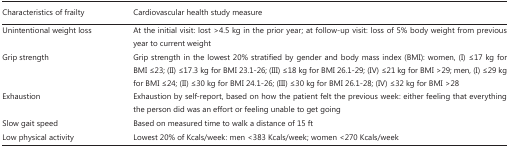
<table><thead><tr><td><b>Characteristics of frailty</b></td><td><b>Cardiovascular health study measure</b></td></tr></thead><tbody><tr><td>Unintentional weight loss</td><td>At the initial visit: lost &gt;4.5 kg in the prior year; at follow-up visit: loss of 5% body weight from previous year to current weight</td></tr><tr><td>Grip strength</td><td>Grip strength in the lowest 20% stratified by gender and body mass index (BMI): women, (I) ≤17 kg for BMI ≤23; (II) ≤17.3 kg for BMI 23.1-26; (III) ≤18 kg for BMI 26.1-29; (IV) ≤21 kg for BMI &gt;29; men, (I) ≤29 kg for BMI ≤24; (II) ≤30 kg for BMI 24.1-26; (III) ≤30 kg for BMI 26.1-28; (IV) ≤32 kg for BMI &gt;28</td></tr><tr><td>Exhaustion</td><td>Exhaustion by self-report, based on how the patient felt the previous week: either feeling that everything the person did was an effort or feeling unable to get going</td></tr><tr><td>Slow gait speed</td><td>Based on measured time to walk a distance of 15 ft</td></tr><tr><td>Low physical activity</td><td>Lowest 20% of Kcals/week: men &lt;383 Kcals/week; women &lt;270 Kcals/week</td></tr></tbody></table>